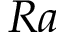
R a